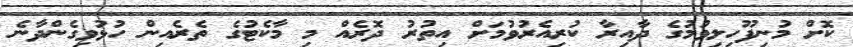
ކޮށް މުނިފޫހިލިވުމުގެ ދާއިރާ ކުރިއެރުވުމަށް އިތުރު ދޮރެއް މި މާކެޓުގެ ތެރެއިން ހުޅުވިގެންދާނެ